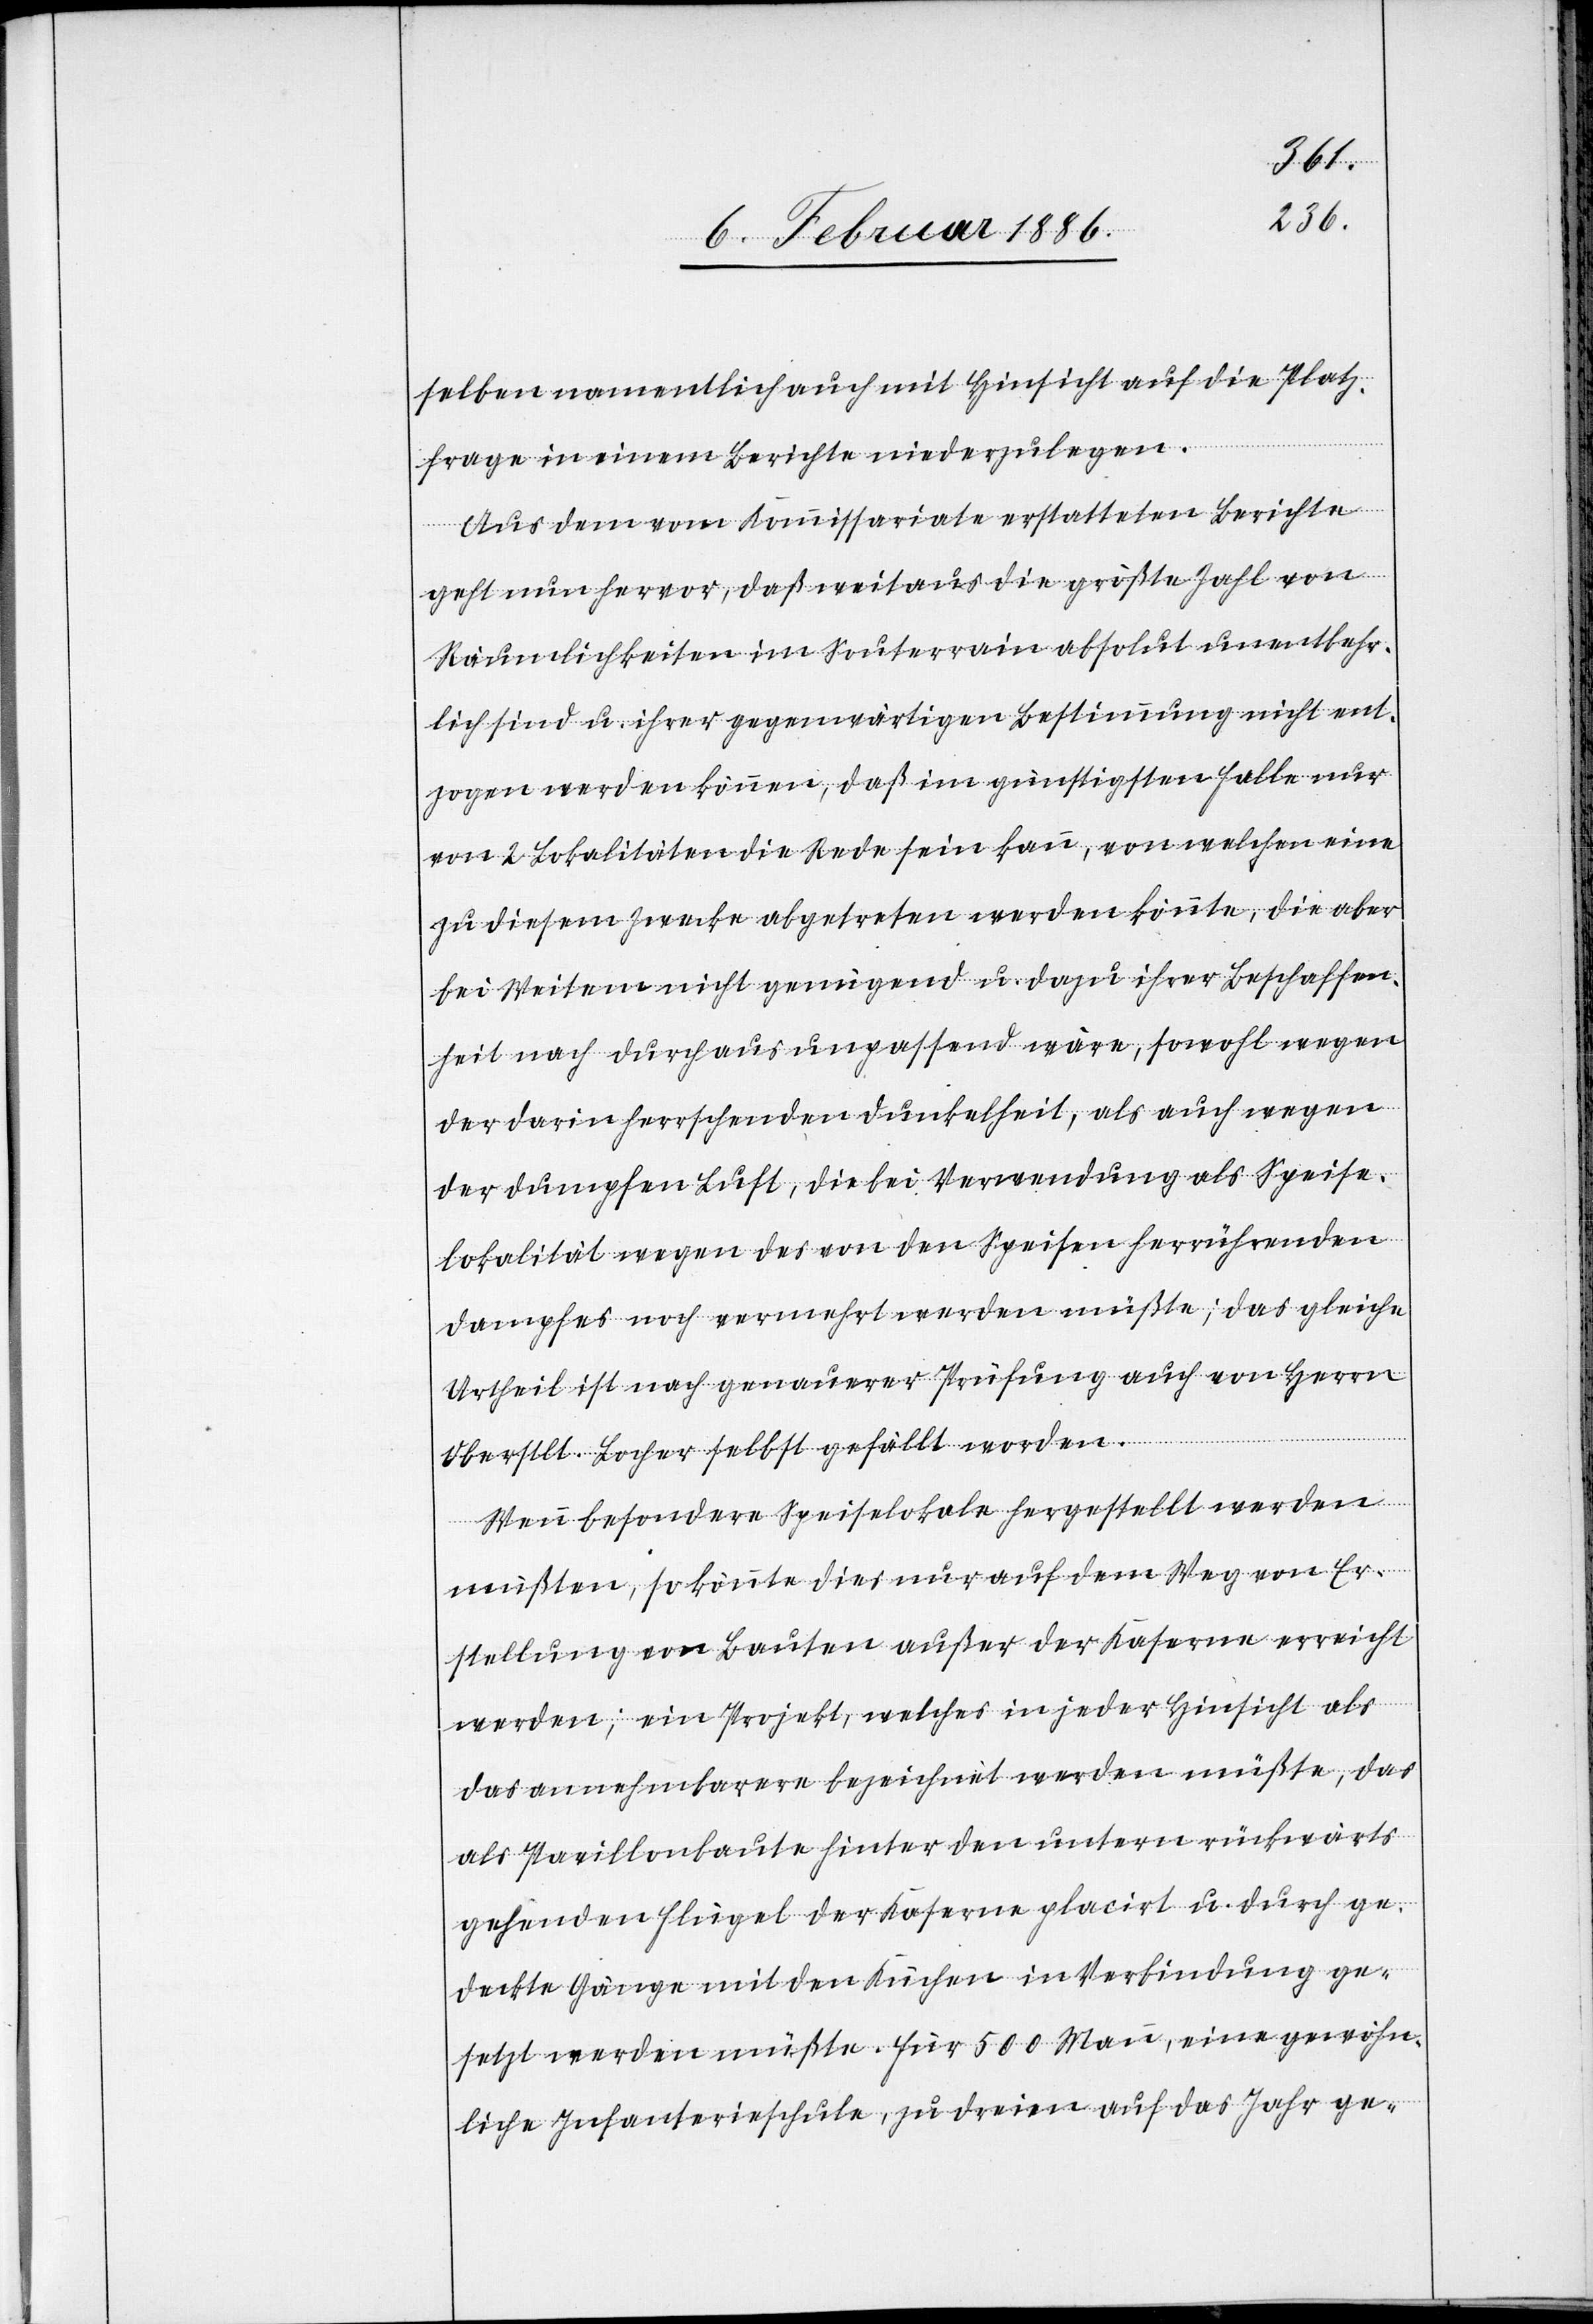
selben namentlich auch mit Hinsicht auf die Platz¬
frage in einem Berichte niederzulegen.
Aus dem vom Kommissariate erstatteten Berichte
geht nun hervor, daß weitaus die größte Zahl von
Räumlichkeiten im Souterrain absolut unentbehr¬
lich sind u. ihrer gegenwärtigen Bestimmung nicht ent¬
zogen werden können, daß im günstigsten Falle nur
von 2 Lokalitäten die Rede sein kann, von welchen eine
zu diesem Zwecke abgetreten werden könnte, die aber
bei Weitem nicht genügend u. dazu ihrer Beschaffen¬
heit nach durchaus unpassend wäre, sowol wegen
der darin herrschenden Dunkelheit, als auch wegen
der dumpfen Luft, die bei Verwendung als Speise¬
lokalität wegen des von den Speisen herrührenden
Dampfes noch vermehrt werden müßte; das gleiche
Urtheil ist nach genauerer Prüfung auch von Herrn
Oberstlt. Locher selbst gefällt worden.
Wenn besondere Speiselokale hergestellt werden
müßten, so könnte dies nur auf dem Weg von Er¬
stellung von Bauten außer der Kaserne erreicht
werden; ein Projekt, welches in jeder Hinsicht als
das annehmbarere bezeichnet werden mußte, das
als Pavillonbaute hinter den untern rückwärts
gehenden Flügel der Kaserne placirt u. durch ge¬
deckte Gänge mit den Küchen in Verbindung ge¬
setzt werden müßte. Für 500 Mann, eine gewöhn¬
liche Infanterieschule, zu dreien auf das Jahr ge-